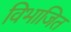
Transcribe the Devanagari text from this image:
विभाजित